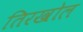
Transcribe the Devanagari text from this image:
तिरखोल